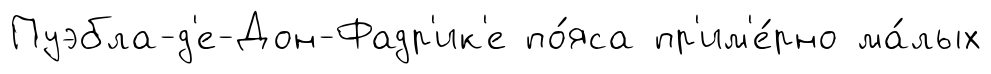
Пуэбла-д'е-Дон-Фадр'ик'е по́яса пр'им'е́рно ма́лых